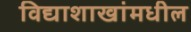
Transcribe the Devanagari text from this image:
विद्याशाखांमधील